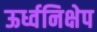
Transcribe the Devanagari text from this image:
ऊर्ध्वनिक्षेप